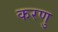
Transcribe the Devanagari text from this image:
करणु